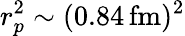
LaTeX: r_{p}^{2}\sim(0.84\, \mathrm{fm)^{2}}